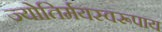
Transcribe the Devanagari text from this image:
ज्योतिर्मयस्वरूपाय